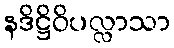
နဒိဋ္ဌိဝိပလ္လာသာ